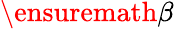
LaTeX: \ensuremath{\beta}